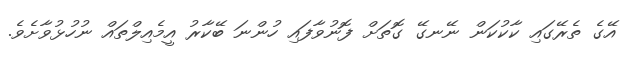
އޭގެ ތެރޭގައި ކާކުކަން ނޭނގޭ ގޮތަށް ފޮނުވާފައި ހުންނަ ބޭކާރު އީމެއިލްތައް ނުހުޅުވާށެވެ.